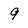
Character: 9